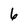
Character: 6